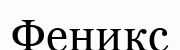
Феникс